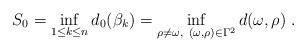
LaTeX: \begin{align*}S_0=\inf_{1\leq k\leq n} d_0( \beta_k) = \inf_{\rho \neq \omega ,\ (\omega,\rho )\in \Gamma^2} d(\omega ,\rho )\; .\end{align*}